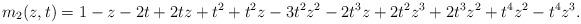
LaTeX: \begin{align*}m_2(z,t) = 1-z-2t+2tz+t^2+t^2z-3t^2z^2-2t^3z+2t^2z^3+2t^3z^2+t^4z^2-t^4z^3.\end{align*}